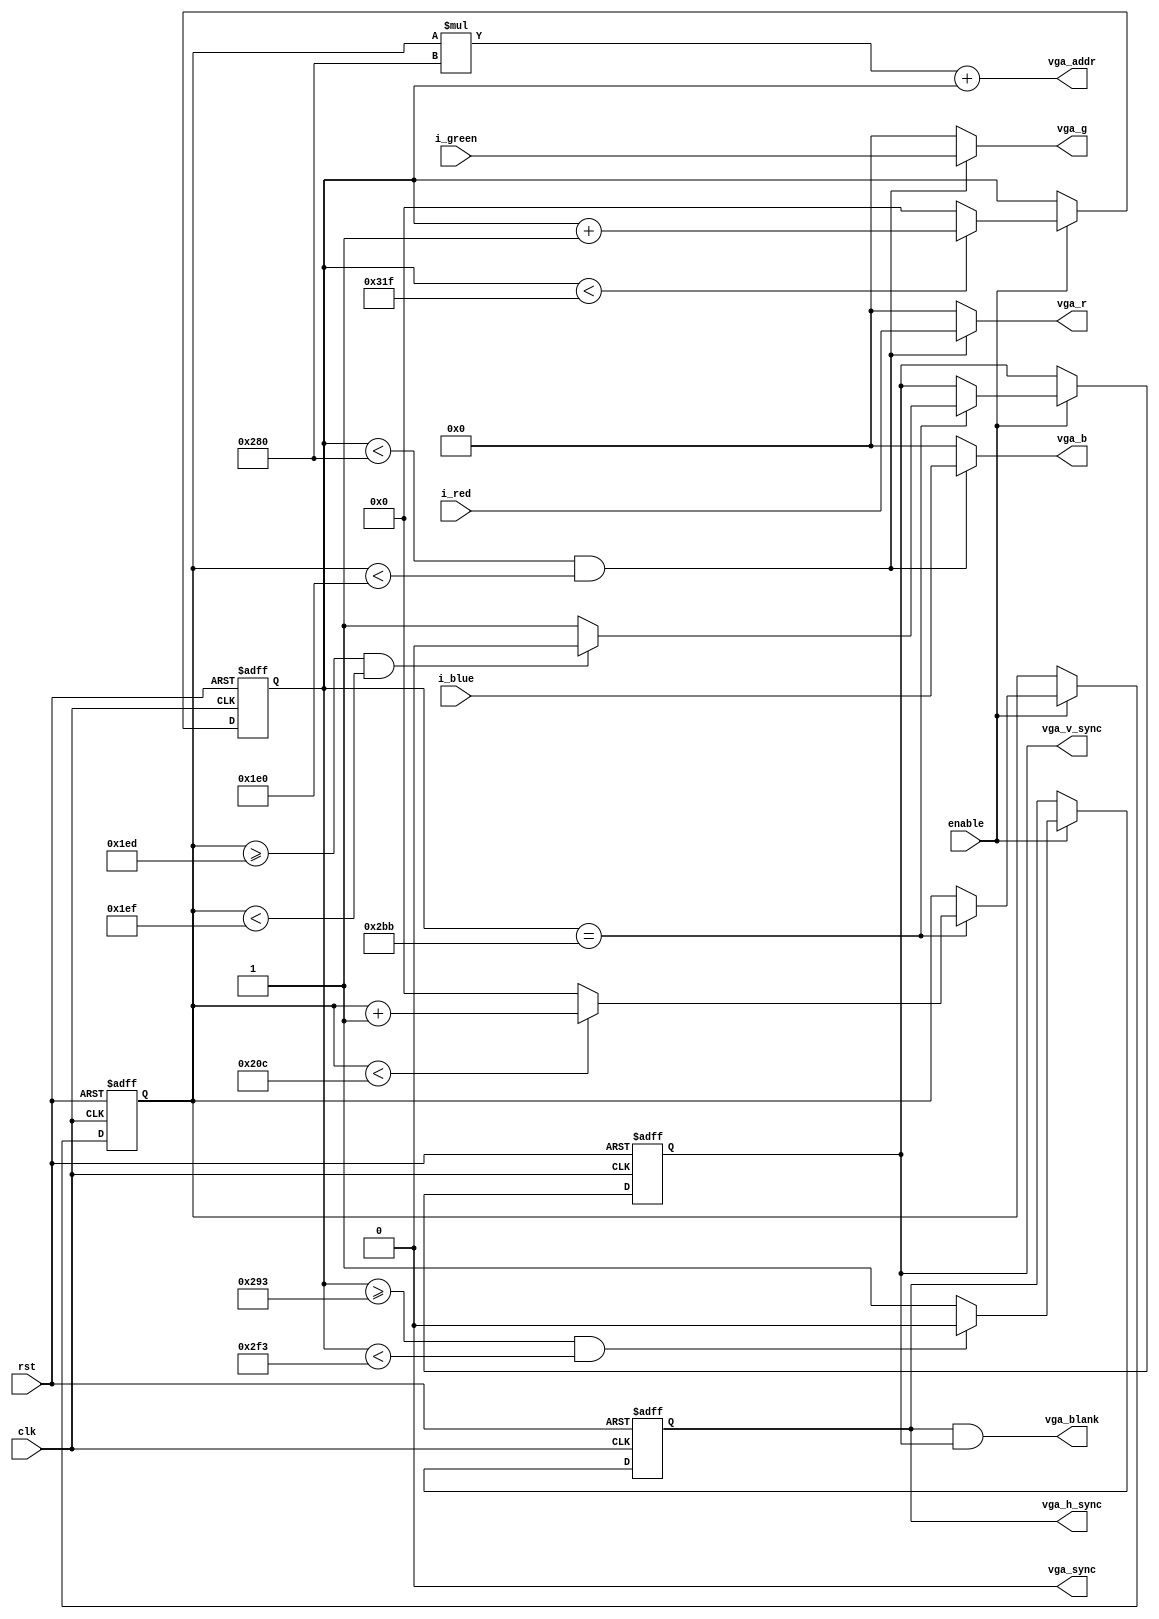
module vga_ctrl(
	input clk, 			// 25.2 MHz clock
	input rst,
	input [7:0] i_red,
	input [7:0] i_green,
	input [7:0] i_blue,
	input 		enable,
	
//	pixel coordinates
	output [19-1:0] vga_addr,
	
//	VGA Side
    output  [7:0] vga_r,
    output  [7:0] vga_g,
    output  [7:0] vga_b,
    output reg vga_h_sync,
    output reg vga_v_sync,
    output vga_sync,
    output vga_blank
	);

	reg [9:0] h_count;
	reg [9:0] v_count;
	wire video_h_on;
	wire video_v_on;
	wire video_on;
	
	
	assign vga_blank	=	vga_h_sync & vga_v_sync;
	assign vga_sync		=	1'b0;


	assign vga_addr = v_count*640 + h_count;   // 640x480
//	assign vga_addr = v_count*1024 + h_count;  // 1024x768


//! Generate Horizontal and Vertical Timing Signals for Video Signal
	//* Horizontal sync
	//*
	//* Resolution: 640x480@60Hz:
	//* clk=25.2MHz [PLL]
	//* Horizontal: Display=640, Front_Porch=16, Sync_Pulse=64, Back_Porch=48
	//?---------------------
	//? Actual Parameters:
	//?---------------------
	//? H_SYNC_TOTAL = 769 [Display+Front_Porch+Sync_Pulse+Back_Porch]
	//? H_PIXELS     = 640 [Display]
	//? H_SYNC_START = 656 [Display+Front_Porch]
	//? H_SYNC_WIDTH = 64  [Sync_Pulse]
	//?---------------------
	//? Reality:
	//?---------------------
	//? H_SYNC_TOTAL = 800; [Display+Front_Porch+Sync_Pulse+Back_Porch+32]
	//? H_PIXELS     = 640 [Display]
	//? H_SYNC_START = 659 [Display+Front_Porch+3]
	//? H_SYNC_WIDTH = 96  [Sync_Pulse+32]
	//* Resolution: 1024x768@60Hz:
	//* clk=65MHz [PLL]
	//* Horizontal: Display=1024, Front_Porch=24, Sync_Pulse=136, Back_Porch=160
	//? Actual Parameters:
	//? H_SYNC_TOTAL = 1344 [Display+Front_Porch+Sync_Pulse+Back_Porch]
	//? H_PIXELS     = 1024 [Display]
	//? H_SYNC_START = 1048 [Display+Front_Porch]
	//? H_SYNC_WIDTH = 136  [Sync_Pulse]
	//? Reality:
	//? H_SYNC_TOTAL = 1376 [Display+Front_Porch+Sync_Pulse+Back_Porch+32]
	//? H_PIXELS     = 1024 [Display]
	//? H_SYNC_START = 1051 [Display+Front_Porch+3]
	//? H_SYNC_WIDTH = 168  [Sync_Pulse+32]
	//* h_count counts pixels (640 + extra time for sync signals)
	//* 
	//*  horiz_sync  ------------------------------------__________--------
	//*  h_count       0                640             659       755    799

//	Working 640x480@60Hz
	localparam H_SYNC_TOTAL = 800;
	localparam H_PIXELS 	= 640;
	localparam H_SYNC_START = 659;
	localparam H_SYNC_WIDTH =  96;

	// // Testing  1024x768@60Hz
	// localparam H_SYNC_TOTAL = 1376;
	// localparam H_PIXELS 	= 1024;
	// localparam H_SYNC_START = 1051;
	// localparam H_SYNC_WIDTH =  168;

	always @(posedge clk or posedge rst) begin
		if(rst) begin
			h_count <= 10'h000;
			vga_h_sync <= 1'b0;
		end else begin
      // H_Sync Counter
	  		if (enable) begin
				if (h_count < H_SYNC_TOTAL-1) begin
					h_count <= h_count + 1'b1;
				end else begin
					h_count <= 10'h0000;
				end
		
				if (h_count >= H_SYNC_START && h_count < H_SYNC_START+H_SYNC_WIDTH) begin
					vga_h_sync = 1'b0;
				end else begin
					vga_h_sync <= 1'b1;
				end
			end
		end
	end

	//* Vertical sync
	//*
	//* Resolution: 640x480@60Hz:
	//* clk=25.2MHz [PLL]
	//* Vertical:   Display=480, Front_Porch=10, Sync_Pulse=2,  Back_Porch=33
	//?---------------------
	//? Actual Parameters:
	//?---------------------
	//? V_SYNC_TOTAL = 525 [Display+Front_Porch+Sync_Pulse+Back_Porch]
	//? V_PIXELS     = 480 [Display]
	//? V_SYNC_START = 490 [Display+Front_Porch]
	//? V_SYNC_WIDTH = 2   [Sync_Pulse]
	//? H_START 	 = 668 [H_SYNC_TOTAL-101]
	//?---------------------
	//? Reality:
	//?---------------------
	//? V_SYNC_TOTAL = 525;
	//? V_PIXELS     = 480 [Display]
	//? V_SYNC_START = 493 [Display+Front_Porch+3]
	//? V_SYNC_WIDTH = 2   [Sync_Pulse]
	//? H_START 	 = 699 [H_SYNC_TOTAL-101]
	//* Resolution: 1024x768@60Hz:
	//* clk=65MHz [PLL]
	//* Vertical:   Display=768, Front_Porch=3, Sync_Pulse=6,  Back_Porch=29
	//? Actual Parameters:
	//? V_SYNC_TOTAL = 806  [Display+Front_Porch+Sync_Pulse+Back_Porch]
	//? V_PIXELS     = 768  [Display]
	//? V_SYNC_START = 771  [Display+Front_Porch]
	//? V_SYNC_WIDTH = 6   [Sync_Pulse]
	//? H_START 	 = 1243 [H_SYNC_TOTAL-101]
	//? Reality:
	//? V_SYNC_TOTAL = 806  [Display+Front_Porch+Sync_Pulse+Back_Porch]
	//? V_PIXELS     = 768  [Display]
	//? V_SYNC_START = 774  [Display+Front_Porch+3]
	//? V_SYNC_WIDTH = 6    [Sync_Pulse]
	//? H_START 	 = 1275 [H_SYNC_TOTAL-101]

	//*  vertical_sync      -----------------------------------------------_______------------
	//*  v_count             0                                      480    493-494          524

//	Working 640x480@60Hz
	localparam V_SYNC_TOTAL = 525;
	localparam V_PIXELS     = 480;
	localparam V_SYNC_START = 493;
	localparam V_SYNC_WIDTH =   2;
	localparam H_START 	    = 699;

	// // Testing  1024x768@60Hz
	// localparam V_SYNC_TOTAL = 806;
	// localparam V_PIXELS     = 768;
	// localparam V_SYNC_START = 774;
	// localparam V_SYNC_WIDTH =   6;
	// localparam H_START 	    = 1275;	

	always @(posedge clk or posedge rst) begin
		if (rst) begin
			v_count <= 10'h0000;
			vga_v_sync <= 1'b0;
		end else if (enable) begin
			if (h_count == H_START) begin
			// V_Sync Counter
				if (v_count < V_SYNC_TOTAL-1) begin
					v_count <= v_count + 1'b1;
				end else begin
					v_count <= 10'h0000;
				end

				if (v_count >= V_SYNC_START && v_count < V_SYNC_START+V_SYNC_WIDTH) begin
					vga_v_sync = 1'b0;
				end else begin
					vga_v_sync <= 1'b1;
				end
			end
		end
	end
   

	assign video_h_on = (h_count<H_PIXELS);
	assign video_v_on = (v_count<V_PIXELS);
	assign video_on   = video_h_on & video_v_on;

	assign vga_r = video_on ? i_red   : 8'b0;
	assign vga_g = video_on ? i_green : 8'b0;
	assign vga_b = video_on ? i_blue  : 8'b0;

   
endmodule